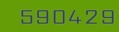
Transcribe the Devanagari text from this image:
५९०४२९